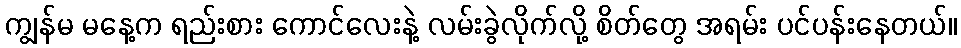
ကျွန်မ မနေ့က ရည်းစား ကောင်လေးနဲ့ လမ်းခွဲလိုက်လို့ စိတ်တွေ အရမ်း ပင်ပန်းနေတယ်။